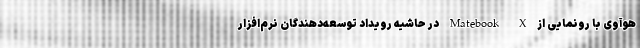
هوآوی با رونمایی از Matebook X در حاشیه رویداد توسعه‌دهندگان نرم‌افزار